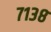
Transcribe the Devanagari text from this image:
७१३८